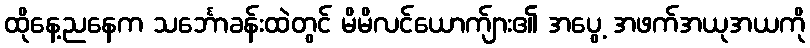
ထိုနေ့ညနေက သင်္ဘောခန်းထဲတွင် မိမိလင်ယောက်ျား၏ အပွေ့ အဖက်အယုအယကို